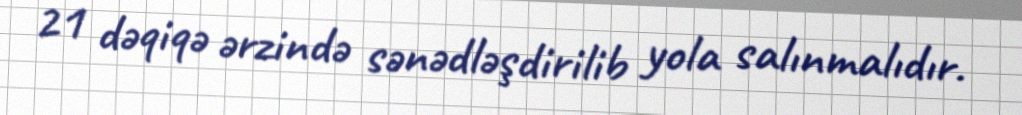
21 dəqiqə ərzində sənədləşdirilib yola salınmalıdır.